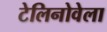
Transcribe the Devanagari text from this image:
टेलिनोवेला